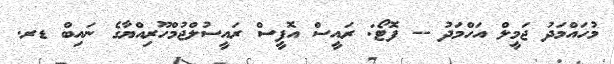
މުހައްމަދު ޖަމީލް އަހްމަދު -- ފޮޓޯ: ރައީސް އޮފީސް ރައީސުލްޖުމްހޫރިއްޔާގެ ނައިބް ޑރ.